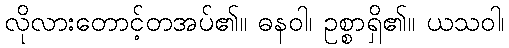
လိုလားတောင့်တအပ်၏။ ဓနဝါ၊ ဥစ္စာရှိ၏။ ယသဝါ၊